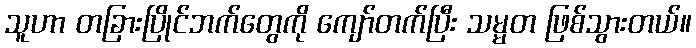
သူဟာ တခြားပြိုင်ဘက်တွေကို ကျော်တက်ပြီး သမ္မတ ဖြစ်သွားတယ်။